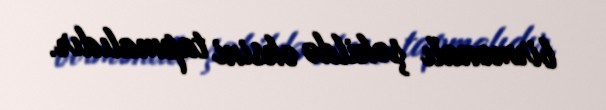
birmənalı şəkildə əksini tapmalıdır.